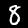
Digit: 8